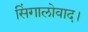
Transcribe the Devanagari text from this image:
सिंगालोवाद।